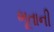
ભૂતાની